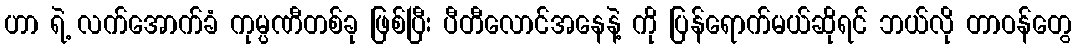
ဟာ ရဲ့ လက်အောက်ခံ ကုမ္ပဏီတစ်ခု ဖြစ်ပြီး ပီတီလောင်အနေနဲ့ ကို ပြန်ရောက်မယ်ဆိုရင် ဘယ်လို တာဝန်တွေ